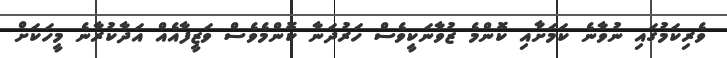
ވެރިކަމުގައި ނުވާނެ ކަމަށާއި ކޮންމެ ޒުވާނަކީވެސް ހަރުދަނާ ކޮންމެވެސް ވަޒީފާއެއް އަދާކުރާނެ މީހަކަށް